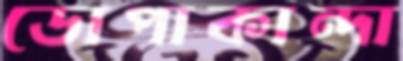
ডোপাকান্দা